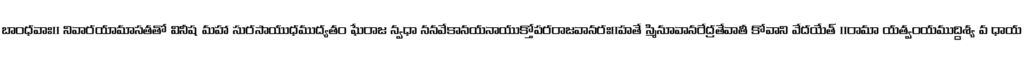
బాంధవాః॥ నివారయామాసతతో వినీష మహా సురసాయుధముద్యతం ఘేరాజ న్వధా ననవేకానయనాయుక్తోపరరాజవానరః॥హతే స్మినూవానరేద్రతేవాతీ కోవాని వేదయేత్ ॥రామా యత్వంయముద్దిశ్య వ ధాయ